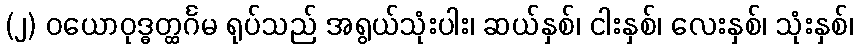
(၂) ဝယောဝုဒ္ဓတ္ထင်္ဂမ ရုပ်သည် အရွယ်သုံးပါး၊ ဆယ်နှစ်၊ ငါးနှစ်၊ လေးနှစ်၊ သုံးနှစ်၊